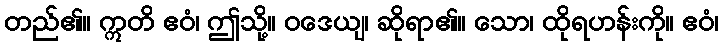
တည်၏။ ဣတိ ဧဝံ၊ ဤသို့။ ဝဒေယျ၊ ဆိုရာ၏။ သော၊ ထိုရဟန်းကို။ ဧဝံ၊